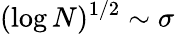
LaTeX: (\log N)^{1/2}\sim\sigma